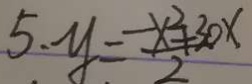
5 . y = \frac { - x ^ { 2 } + 3 0 x } { 2 }